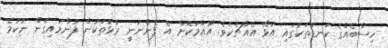
ހިސާބެއްގެ ކަނޑުތަކުގައި އުޅޭ އެއްޗެކެވެ. އާއްމުކޮށް އެ ފެންނަނީ ރާޅުތަކުން ފުންމައިގެން ނުކުމެ